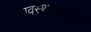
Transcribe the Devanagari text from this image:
व्यवस्थापनसुद्धा